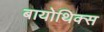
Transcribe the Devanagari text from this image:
बायोथिक्स